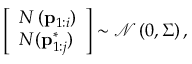
\left[ \begin{array} { l } { N \left( \mathbf { p } _ { 1 : i } \right) } \\ { N ( \mathbf { p } _ { 1 : j } ^ { * } ) } \end{array} \right] \sim \mathcal { N } \left( 0 , { \Sigma } \right) ,